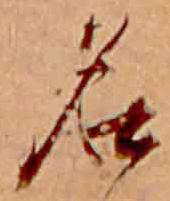
名